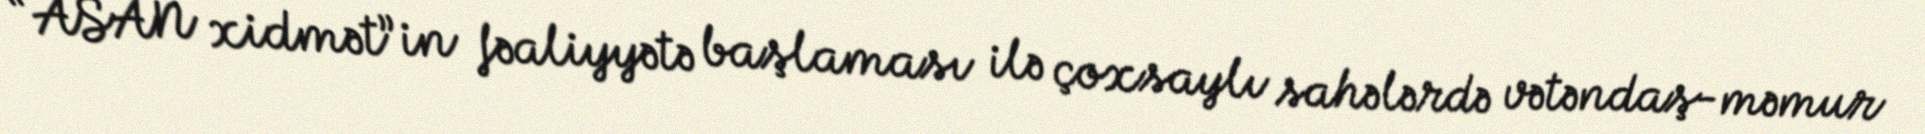
“ASAN xidmət”in fəaliyyətə başlaması ilə çoxsaylı sahələrdə vətəndaş-məmur